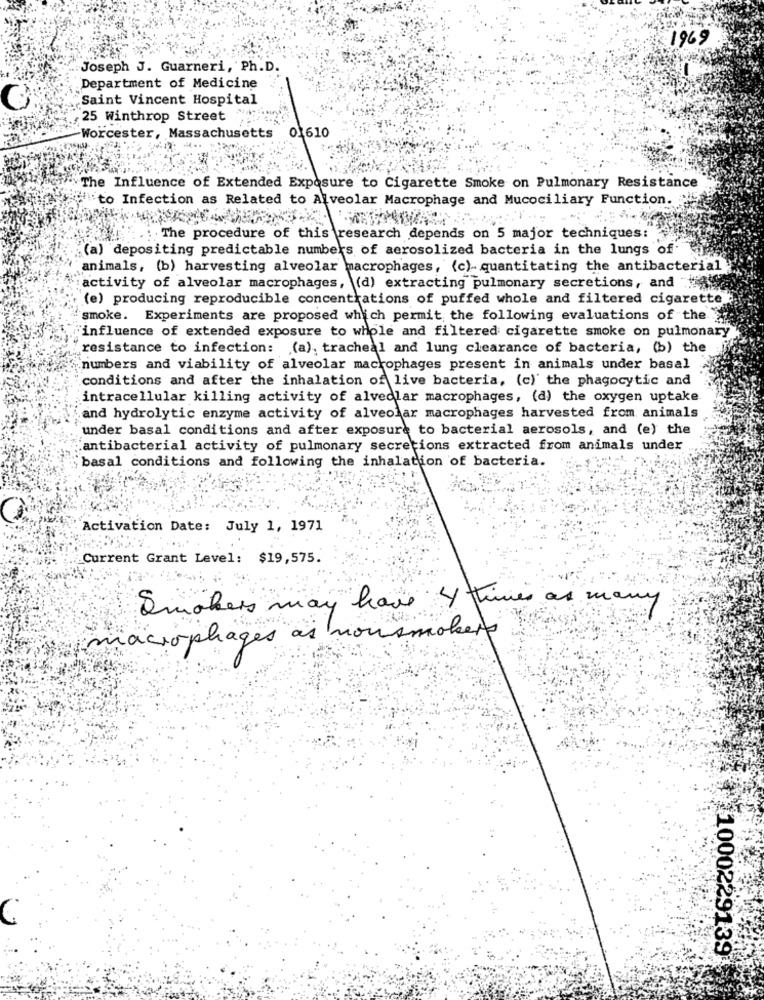
1969
Joseph J. Guarneri, Ph.D.
Department of Medicine
Saint Vincent Hospital
C
25 Winthrop Street
Worcester, Massachusetts
0.610
The Influence of Extended Exposure to Cigarette Smoke on Pulmonary Resistance
fito Infection as Related to Alveolar Macrophage and Mucociliary Function.
. The procedure of this research depends on 5 major techniques:
(a) depositing predictable numbers of aerosolized bacteria in the lungs of
animals, (b) harvesting alveolar macrophages, (c)- quantitating the antibacterial
activity of alveolar macrophages, (d) extracting pulmonary secretions, and
(e) producing reproducible concentrations of puffed whole and filtered cigarette
smoke. Experiments are proposed which permit the following evaluations of the 2
influence of extended exposure to whole and filtered cigarette smoke on pulmonary
resistance to infection: (a), tracheal and lung clearance of bacteria, (b) the
numbers and viability of alveolar macrophages present in animals under basal
conditions and after the inhalation of live bacteria, (c)' the phagocytic and
intracellular killing activity of alveolar macrophages, (d) the oxygen uptake
and hydrolytic enzyme activity of alveolar macrophages harvested from animals
under basal conditions and after exposure to bacterial aerosols, and (e) the
antibacterial activity of pulmonary secretions extracted from animals under
basal conditions and following the inhalation of bacteria.
Activation Date: July 1, 1971
Current Grant Level: $19,575.
Smokers may have 4 times as many
macrophages às nous
smokers
1000229139